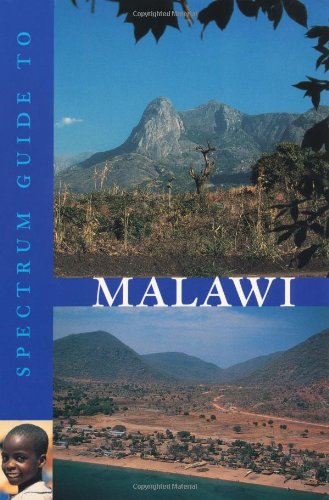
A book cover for Spectrum Guide to Malawi (Spectrum Guides); Travel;